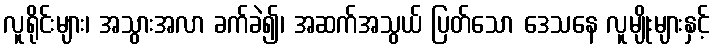
လူရိုင်းများ၊ အသွားအလာ ခက်ခဲ၍၊ အဆက်အသွယ် ပြတ်သော ဒေသနေ လူမျိုးများနှင့်